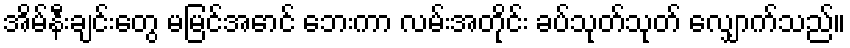
အိမ်နီးချင်းတွေ မမြင်အောင် ဘေးကာ လမ်းအတိုင်း ခပ်သုတ်သုတ် လျှောက်သည်။